Loodushoiu_ja_Turismi_Instituut, lk 816
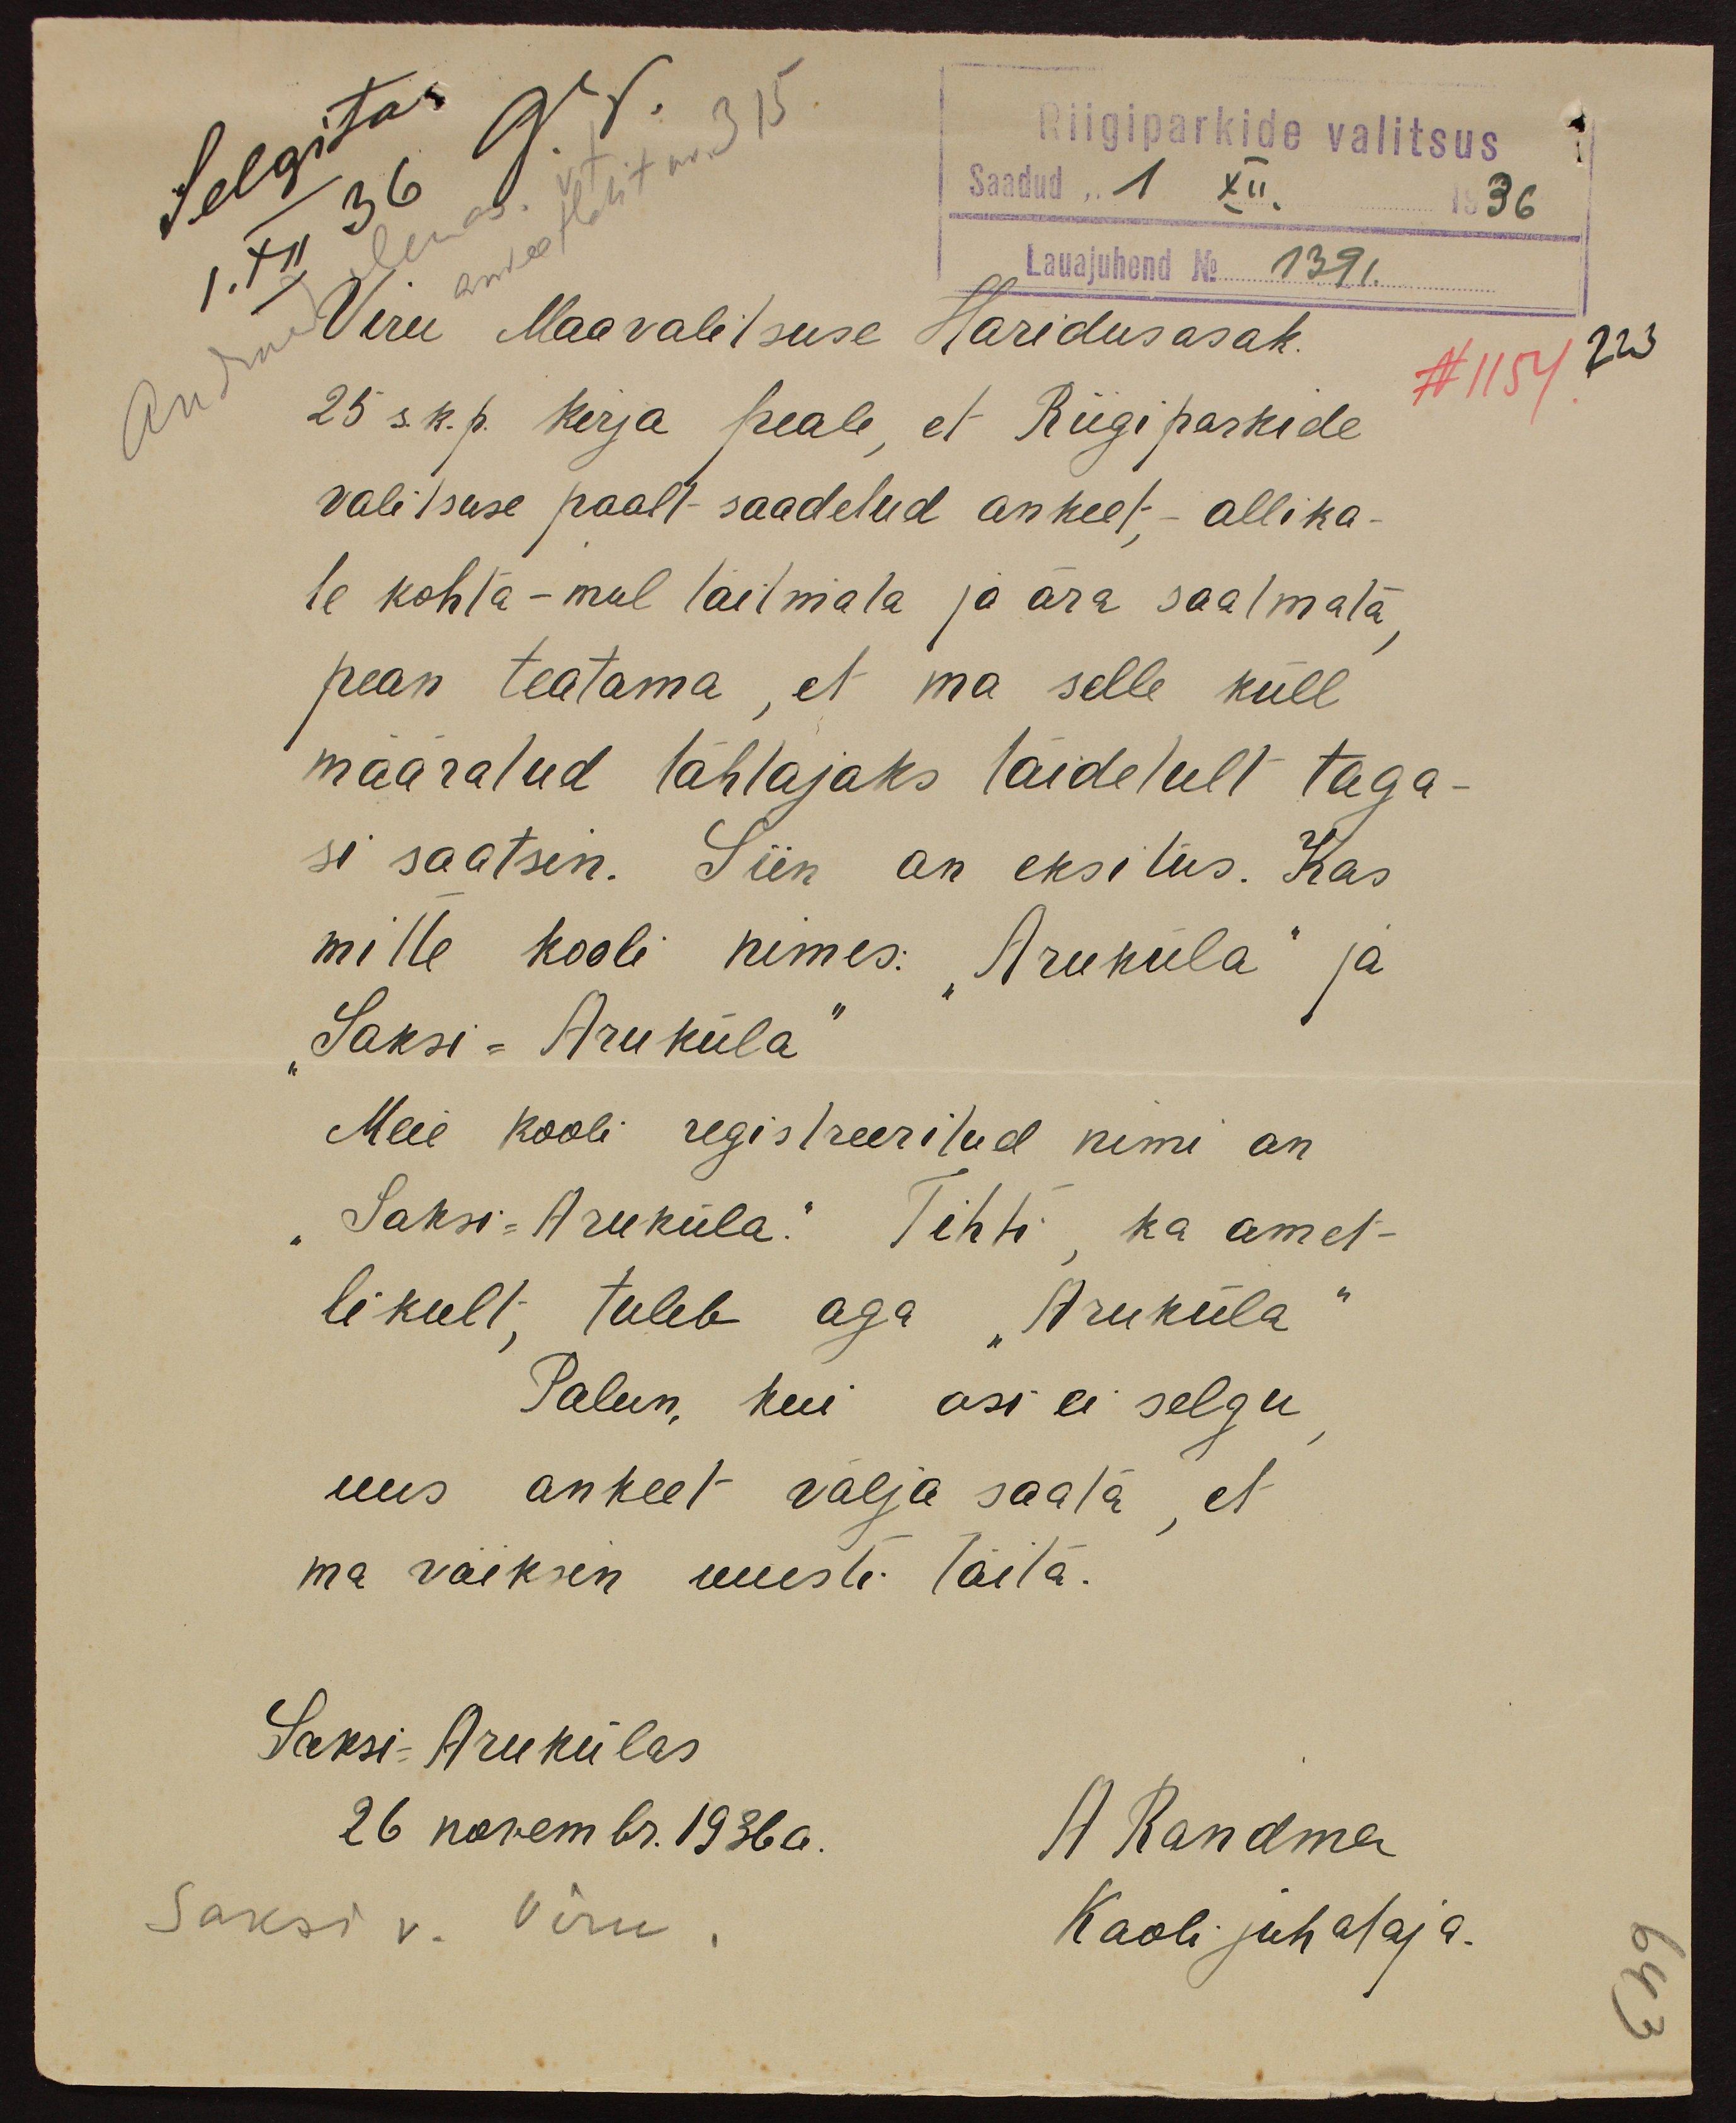
Selgitas
Riigiparkide valitsus
Saadud, 1 XII. 1936
Lauajuhend No 1391.
Viru Maavalitsuse Haridusosak.
N 1154
223
25 s.k.p. kirja peale, et Riigiparkide
valitsuse poolt saadetud ankeet - allika-
te kohta - mul täitmata ja ära saatmata
pean teatama, et ma selle küll
määratud tähtajaks täidetult taga-
si saatsin. Siin on eksitus. Kas
mitte kooli nimes: "Aruküla" ja
Saksi - Aruküla
Meie kooli registreeritud nimi on
"Saksi-Aruküla" Tihti, ka amet-
likult, tuleb aga "Aruküla"
Palun, kui asi ei selgu
uus ankeet välja saata, et
ma võiksin uuesti täita.
Saksi-Arukülas
26 novembr. 1936 a.
A. Randma
Saksi v. Viru.
Kooli juhataja.